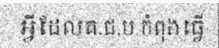
អ្វីដែលគ.ជ.ប កំពុងធ្វើ